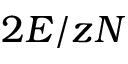
2 E / z N